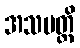
အသပတ္တိ